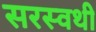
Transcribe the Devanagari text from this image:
सरस्वथी